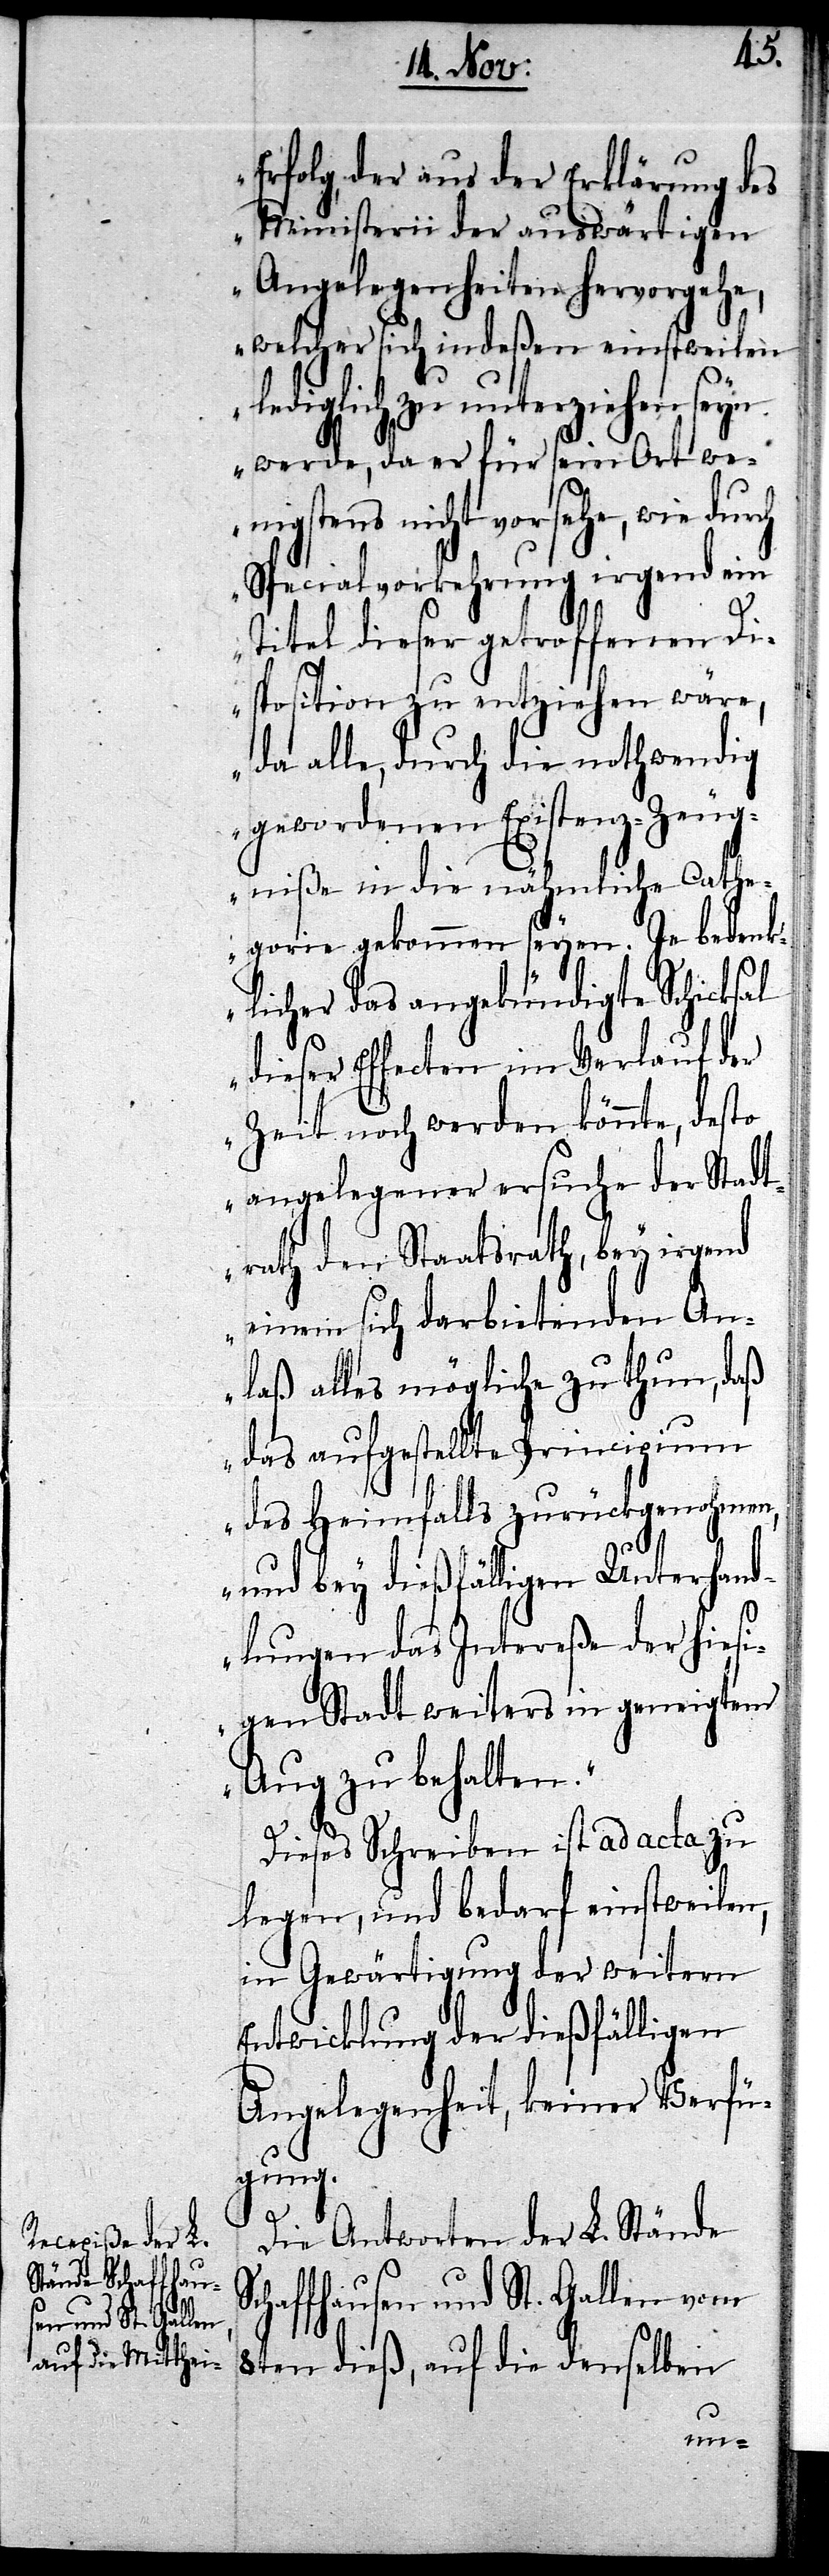
rath, bey irgend

Erfolg, der aus der Erklärung des
Ministerii der auswärtigen
Angelegenheiten hervorgehe,
welcher sich indeßen einstweilen
lediglich zu unterziehen seyn
werde, da er für sein Ort wen¬
igstens nicht vorsehe, wie dur¬
Specialvorkehrung irgend ein
Titel dieser getroffenen Di¬
sposition zu entziehen wäre,
da alle, durch die nothwendig
gewordenen Existenz-Zeug¬
niße in die nähmliche Cathe¬
gorie gekommen seyen. Je bedenk¬
licher das angekündigte Schicksal
dieser Effecten im Verlauf der
Zeit noch werden könnte, desto
angelegener ersuche der Stadt¬
einem sich darbietenden An¬
laß alles mögliche zu thun, daß
das aufgestellte Principium
des Heimfalls zurückgenohmen,
und bey dießfälligen Unterhand¬
lungen das Intereße der hiesi¬
gen Stadt weiters in geneigtem
Aug zu behalten.“
S¬
Dieses Schreiben ist ad acta zu
legen, und bedarf einstweilen,
in Gewärtigung der weitern
Entwicklung der dießfälligen
Angelegenheit, keiner Verfü¬
gung.
Die Antworten der L. Stände
chaffhausen und St. Gallen vom
8ten dieß, auf die denselben